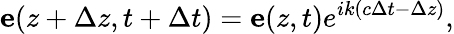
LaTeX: \mathbf{e}(z+\Delta z,t+\Delta t)=\mathbf{e}(z,t)e^{ik(c\Delta t-\Delta z)},